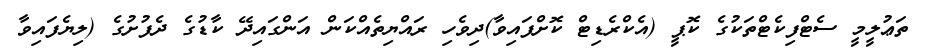
ތަޢުލީމީ ސެޓްފިކެޓްތަކުގެ ކޮޕީ (އެކްރެޑިޓް ކޮށްފައިވާ)ދިވެހި ރައްޔިތެއްކަން އަންގައިދޭ ކާޑުގެ ދެފުށުގެ (ލިޔެފައިވާ